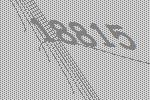
18815